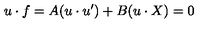
u \cdot f = A ( u \cdot u ^ { \prime } ) + B ( u \cdot X ) = 0